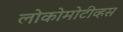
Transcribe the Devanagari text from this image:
लोकोमोटीव्हस